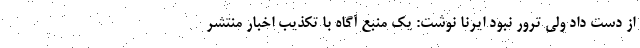
از دست داد ولی ترور نبود ایرنا نوشت: یک منبع آگاه با تکذیب اخبار منتشر